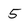
Character: 5